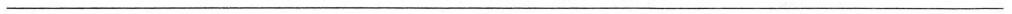
___